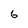
Character: 6